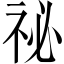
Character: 祕